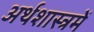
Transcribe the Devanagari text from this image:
अर्थशास्त्रमें